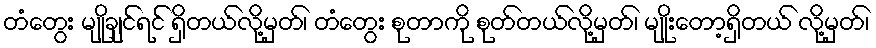
တံတွေး မျိုချင်ရင် ရှိတယ်လို့မှတ်၊ တံတွေး စုတာကို စုတ်တယ်လို့မှတ်၊ မျိုးတော့ရှိတယ် လို့မှတ်၊